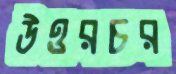
উত্তরচর